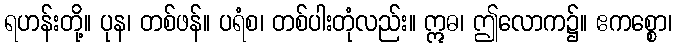
ရဟန်းတို့။ ပုန၊ တစ်ဖန်။ ပရံစ၊ တစ်ပါးတုံလည်း။ ဣဓ၊ ဤလောက၌။ ဧကစ္စော၊